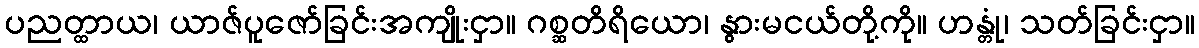
ပညတ္ထာယ၊ ယာဇ်ပူဇော်ခြင်းအကျိုးငှာ။ ဂစ္ဆတိရိယော၊ နွားမငယ်တို့ကို။ ဟန္တုံ၊ သတ်ခြင်းငှာ။